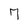
Character: 7